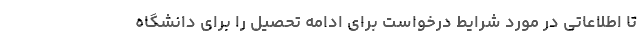
تا اطلاعاتی در مورد شرایط درخواست برای ادامه تحصیل را برای دانشگاه